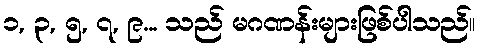
၁, ၃, ၅, ၇, ၉... သည် မဂဏန်းများဖြစ်ပါသည်။